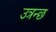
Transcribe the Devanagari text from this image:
उत्रन्छ